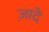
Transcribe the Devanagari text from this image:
ज़ादे